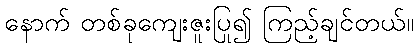
နောက် တစ်ခုကျေးဇူးပြု၍ ကြည့်ချင်တယ်။